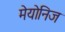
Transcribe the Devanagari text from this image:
मेयोनिज